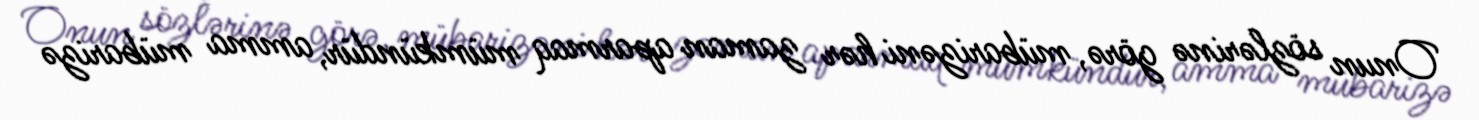
Onun sözlərinə görə, mübarizəni hər zaman aparmaq mümkündür, amma mübarizə